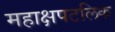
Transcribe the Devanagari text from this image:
महाक्षपटलिक